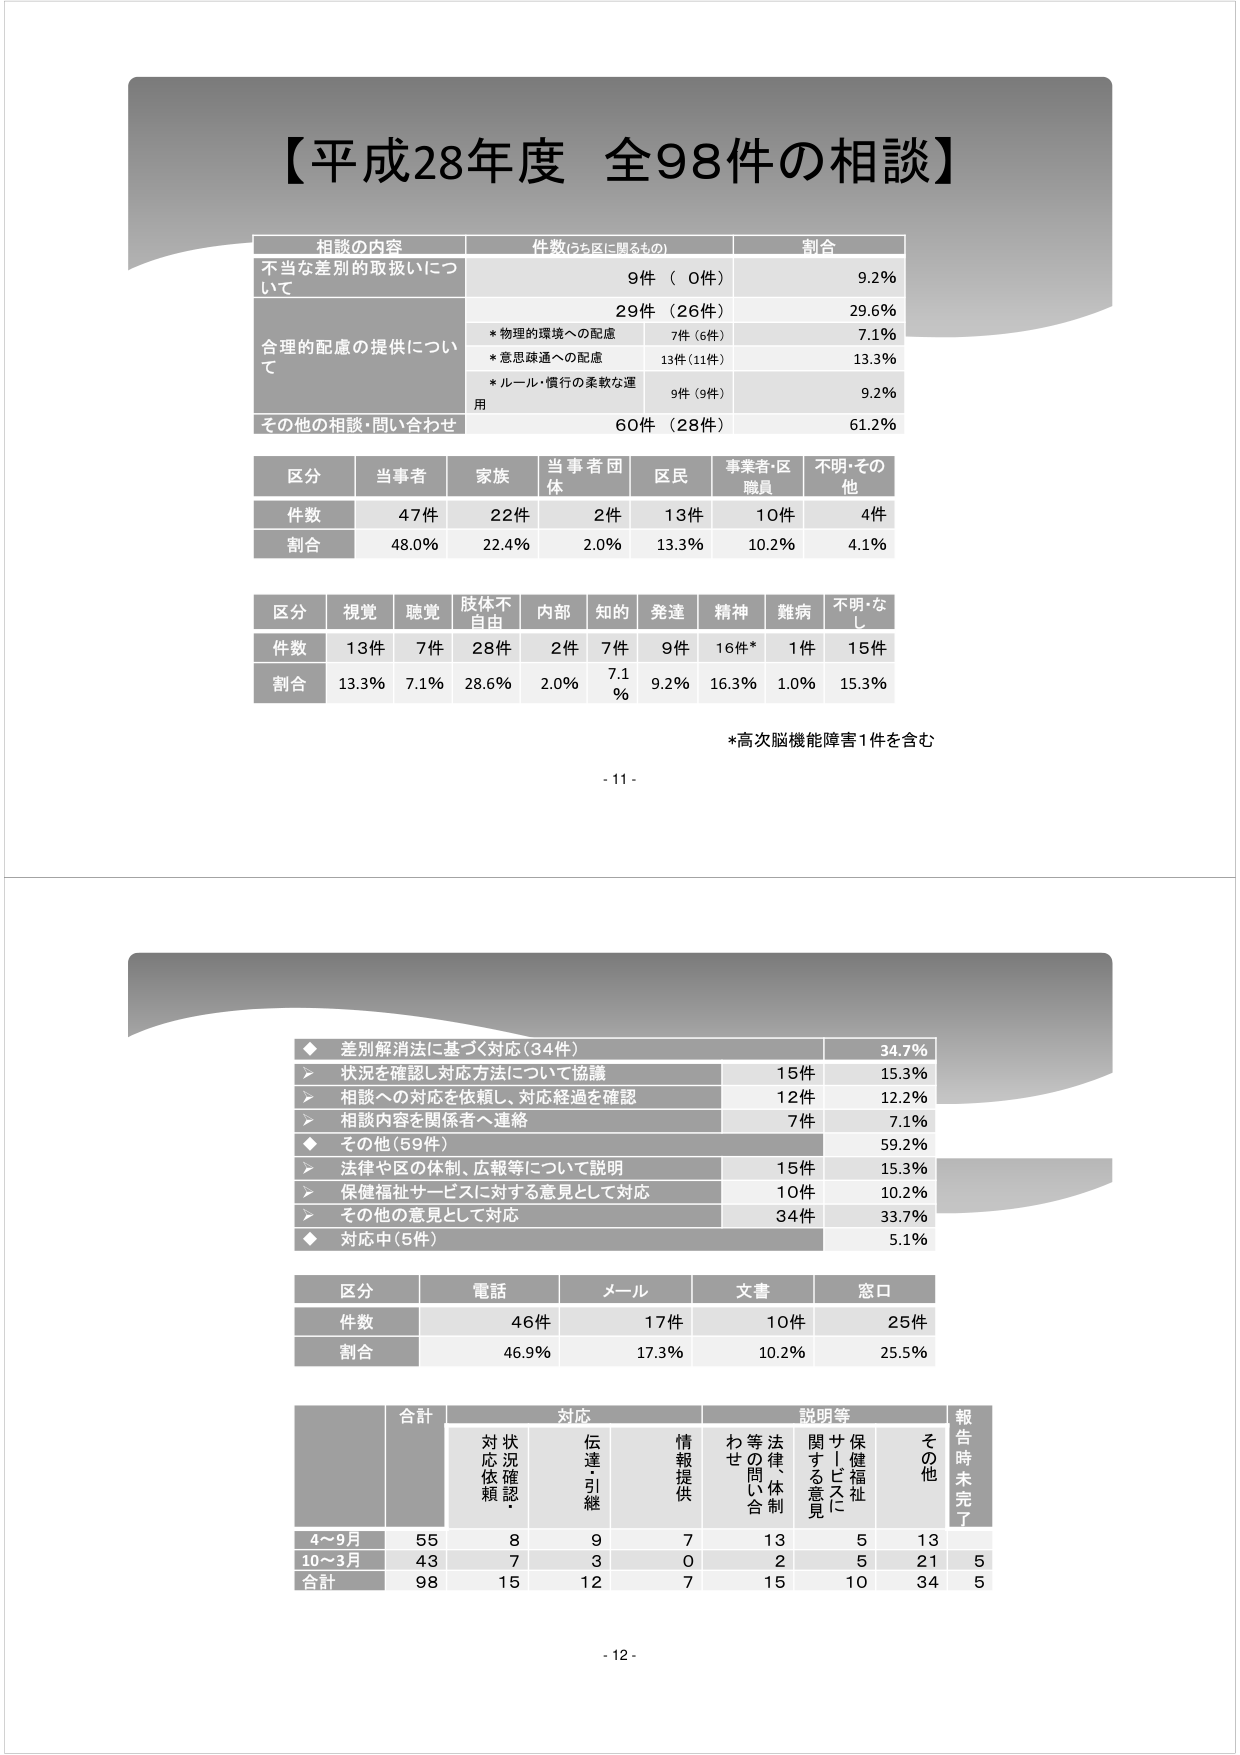
【平成28年度 全98件の相談】

相談の内容　件数（うち区に関わるもの）　割合
不当な差別的取扱いについて　9件（0件）　9.2%
合理的配慮の提供について　29件（26件）　29.6%
　　*物理的環境への配慮　7件（6件）　7.1%
　　*意思疎通への配慮　13件（11件）　13.3%
　　*ルール・慣行の柔軟な運用　9件（9件）　9.2%
その他の相談・問い合わせ　60件（28件）　61.2%

区分　当事者　家族　当事者団体　区民　事業者・区職員　不明・その他
件数　47件　22件　2件　13件　10件　4件
割合　48.0%　22.4%　2.0%　13.3%　10.2%　4.1%

区分　視覚　聴覚　肢体不自由　内部　知的　発達　精神　難病　不明・なし
件数　13件　7件　28件　2件　7件　9件　16件*　1件　15件
割合　13.3%　7.1%　28.6%　2.0%　7.1%　9.2%　16.3%　1.0%　15.3%

*高次脳機能障害1件を含む

- 11 -

◆ 差別解消法に基づく対応（34件）　34.7%
　　▶ 状況を確認し対応方法について協議　15件　15.3%
　　▶ 相談への対応を依頼し、対応経過を確認　12件　12.2%
　　▶ 相談内容を関係者へ連絡　7件　7.1%
◆ その他（59件）　59.2%
　　▶ 法律や区の体制、広報等について説明　15件　15.3%
　　▶ 保健福祉サービスに対する意見として対応　10件　10.2%
　　▶ その他の意見として対応　34件　33.7%
◆ 対応中（5件）　5.1%

区分　電話　メール　文書　窓口
件数　46件　17件　10件　25件
割合　46.9%　17.3%　10.2%　25.5%

合計　対応　説明等　報告時未完了
　　対応依頼・状況確認　伝達・引継　情報提供　等の問い合わせ　法律体制に関する意見　保健福祉サービスに関する意見　その他
4～9月　55　8　9　7　13　5　13
10～3月　43　7　3　0　2　5　21　5
合計　98　15　12　7　15　10　34　5

- 12 -